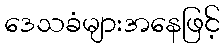
ဒေသခံများအနေဖြင့်